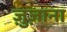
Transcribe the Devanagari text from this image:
ज़ुज़ाना